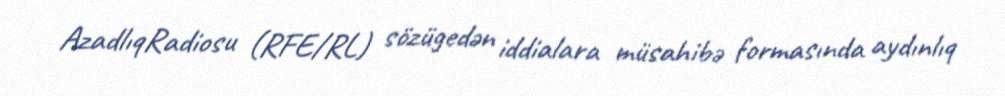
AzadlıqRadiosu (RFE/RL) sözügedən iddialara müsahibə formasında aydınlıq